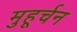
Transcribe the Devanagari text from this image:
मुहूर्चन